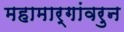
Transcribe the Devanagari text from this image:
महामार्गांवरुन